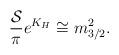
LaTeX: \begin{align*}{{\cal S}\over \pi}e^{K_H}\cong m_{3/2}^2.\end{align*}